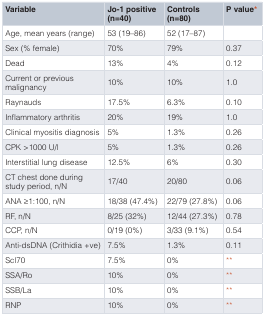
<table><thead><tr><td><b>Variable</b></td><td><b>Jo-1 positive(n=40)</b></td><td><b>Controls(n=80)</b></td><td><b>P value*</b></td></tr></thead><tbody><tr><td>Age, mean years (range)</td><td>53 (19–86)</td><td>52 (17–87)</td><td></td></tr><tr><td>Sex (% female)</td><td>70%</td><td>79%</td><td>0.37</td></tr><tr><td>Dead</td><td>13%</td><td>4%</td><td>0.12</td></tr><tr><td>Current or previousmalignancy</td><td>10%</td><td>10%</td><td>1.0</td></tr><tr><td>Raynauds</td><td>17.5%</td><td>6.3%</td><td>0.10</td></tr><tr><td>Inflammatory arthritis</td><td>20%</td><td>19%</td><td>1.0</td></tr><tr><td>Clinical myositis diagnosis</td><td>5%</td><td>1.3%</td><td>0.26</td></tr><tr><td>CPK &gt;1000 U/l</td><td>5%</td><td>1.3%</td><td>0.26</td></tr><tr><td>Interstitial lung disease</td><td>12.5%</td><td>6%</td><td>0.30</td></tr><tr><td>CT chest done duringstudy period, n/N</td><td>17/40</td><td>20/80</td><td>0.06</td></tr><tr><td>ANA ≥1:100, n/N</td><td>18/38 (47.4%)</td><td>22/79 (27.8%)</td><td>0.06</td></tr><tr><td>RF, n/N</td><td>8/25 (32%)</td><td>12/44 (27.3%)</td><td>0.78</td></tr><tr><td>CCP, n/N</td><td>0/19 (0%)</td><td>3/33 (9.1%)</td><td>0.54</td></tr><tr><td>Anti-dsDNA (Crithidia +ve)</td><td>7.5%</td><td>1.3%</td><td>0.11</td></tr><tr><td>Scl70</td><td>7.5%</td><td>0%</td><td>**</td></tr><tr><td>SSA/Ro</td><td>10%</td><td>0%</td><td>**</td></tr><tr><td>SSB/La</td><td>10%</td><td>0%</td><td>**</td></tr><tr><td>RNP</td><td>10%</td><td>0%</td><td>**</td></tr></tbody></table>